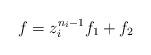
LaTeX: \begin{align*} f=z_i^{n_i-1} f_1+f_2\end{align*}